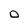
Character: 0